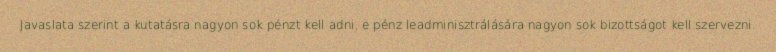
Javaslata szerint a kutatásra nagyon sok pénzt kell adni, e pénz leadminisztrálására nagyon sok bizottságot kell szervezni.